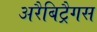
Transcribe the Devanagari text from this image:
अरैबिट्रैगस